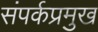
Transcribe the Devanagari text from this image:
संपर्कप्रमुख